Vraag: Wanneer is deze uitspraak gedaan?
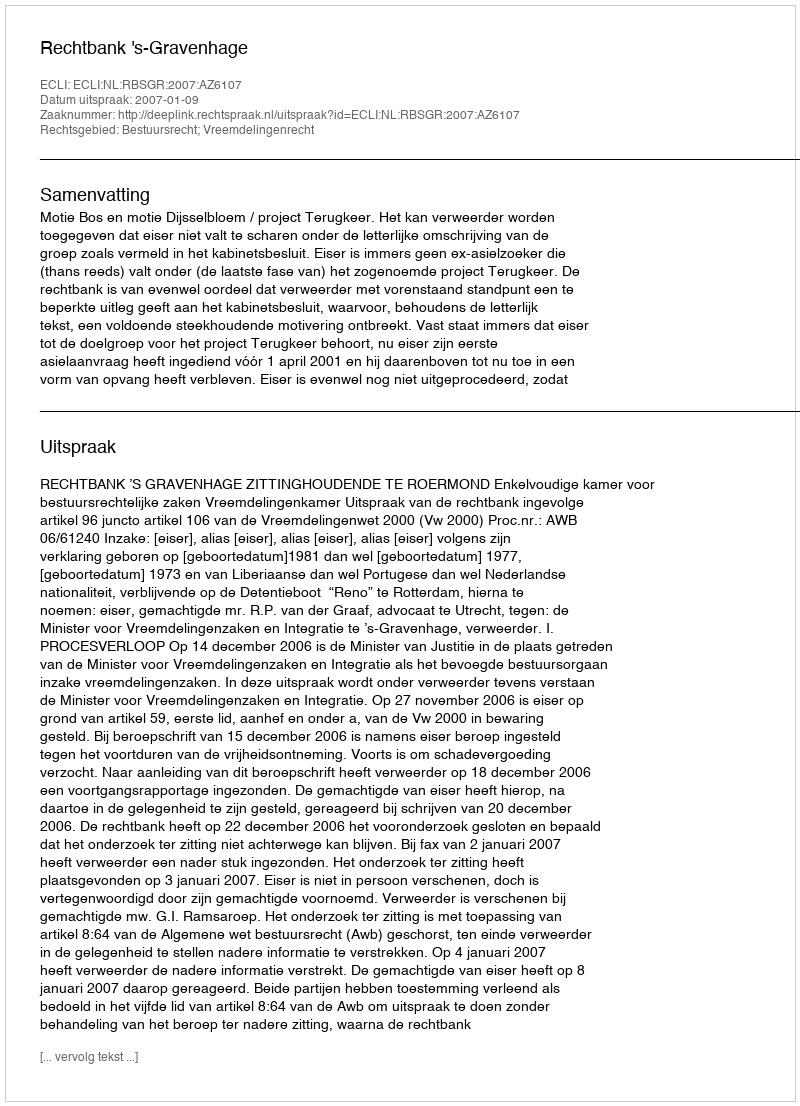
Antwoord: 2007-01-09